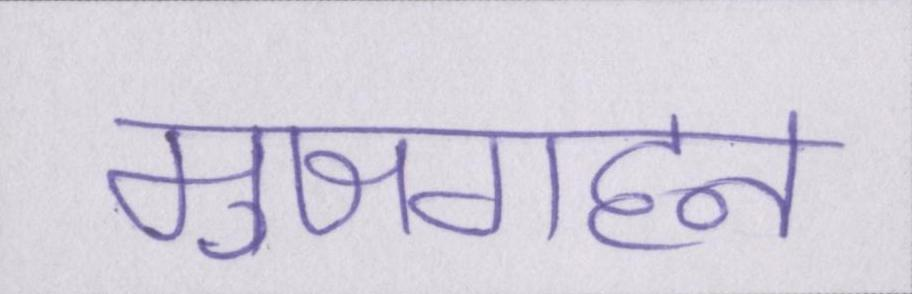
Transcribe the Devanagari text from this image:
मुजगहन